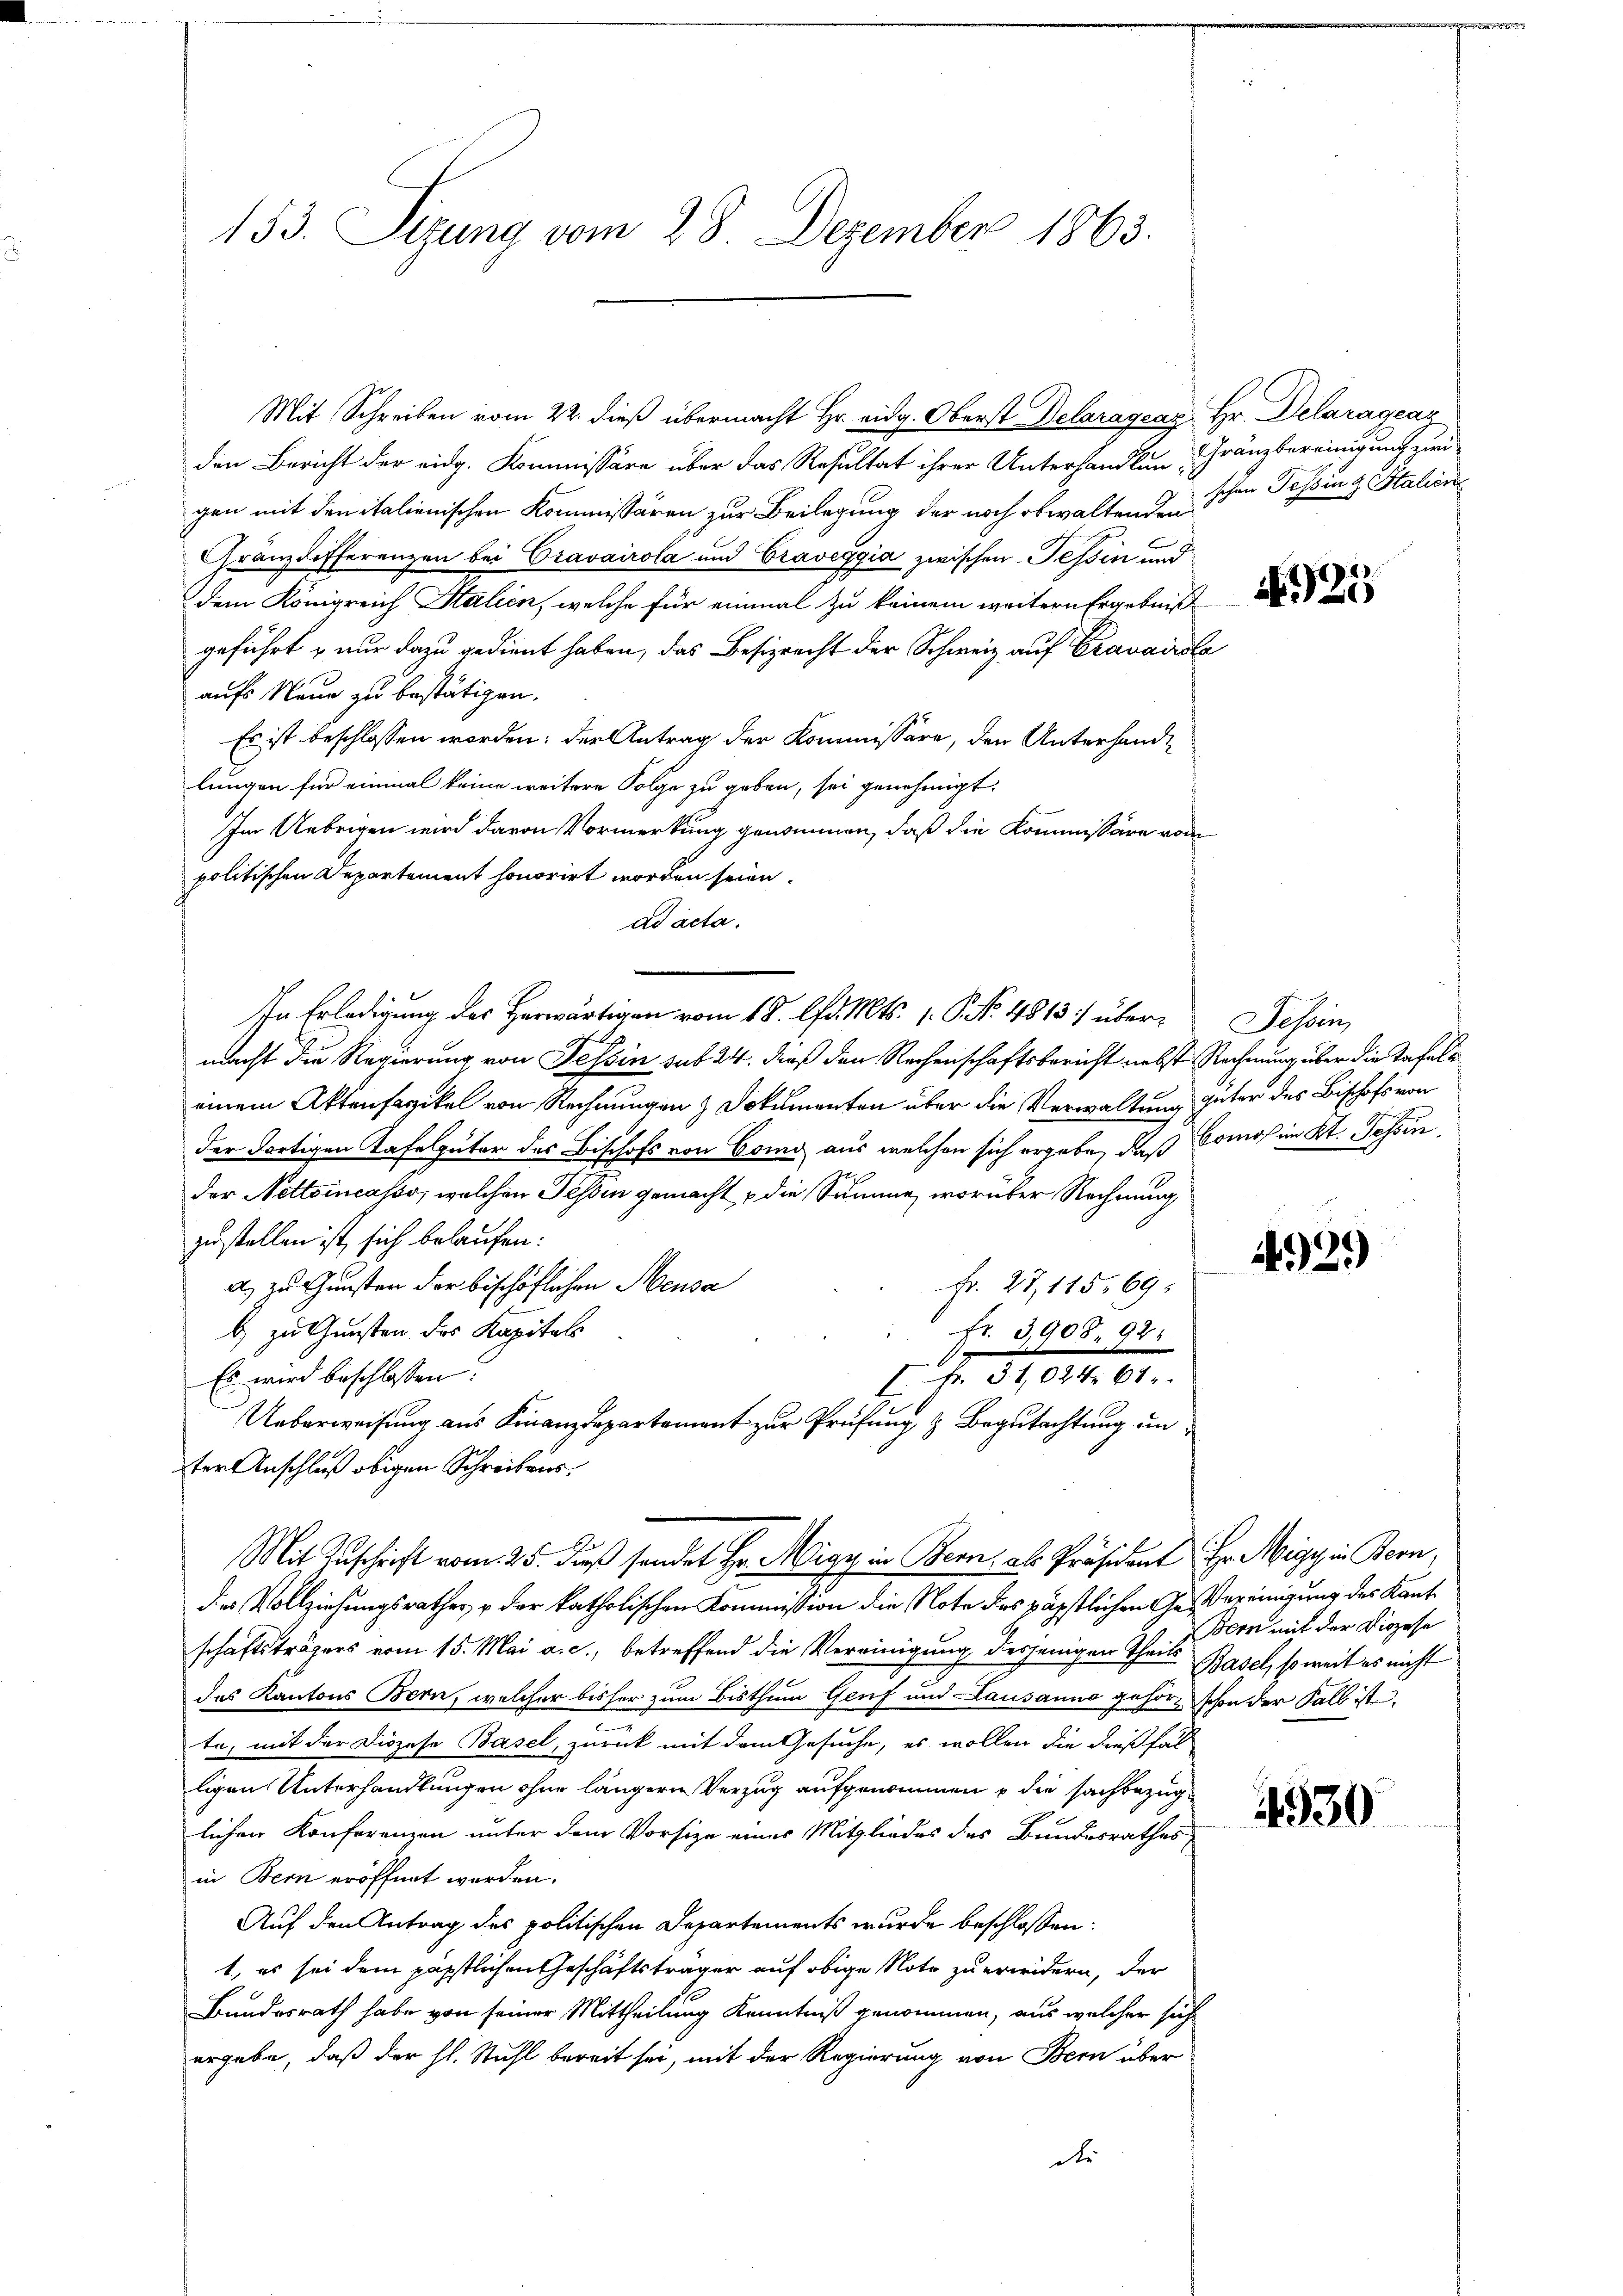
153. Sizung vom 28. Dezember 1863.

den Bericht der eidg. Kommissäre über das Resultat ihrer Unterhandlungen mit den italienischen Kommissären zur Beilegung der noch obwaltenden schen Tessing Stalien
Granzdifferenzen bei Cravairola und Graveggia zwischen Tessin und
dem Königreich Stalien, welche für einmal zu keinem weitern Ergebniß
geführt & nur dazu gedient haben, das Besizrecht der Schweiz auf Cravairsla
aufs Neue zu bestätigen.
Es ist beschlossen worden; der Antrag der Kommissäre, den Unterhandlungen für einmal keine weitere Folge zu geben, sei genehmigt.
Im Uebrigen wird davon Vormerkung genommen, daß die Kommissäre vom
politischen Departement honorirt worden seien.
ad acta.
In Erledigung des Herwärtigen vom 18. lfd. Mts. 1. P. No. 4813) übermacht die Regierung von Tessin sub 24. dieß den Rechenschaftsbericht nebst Rechnung über die Tafeld
einem Aktensarzikel von Rechnungen Dokumenten über die Verwaltung güter des Bischofs von
der dortigen Tafelguter des Bischofs von Como aus welchen sich ergebe, daß Comos in Kt. Tessin,
der Nettoincasso, welchen Tessin gemacht, die Summe, worüber Rechnung
zustellen ist sich belaufen:
a) zu Gunsten der bischöflichen Mensa
Fr. 27, 115, 69:
b zu Gunsten des Kapitals
Fr. 3908. 98.
Es wird beschlossen:
 Fr. 31,024. 61
Ueberweisung aus Finanzdepartement zur Prüfung & Begutachtung unter Anschluß obigen Schreibens.
Mit Zuschrift vom 25. Fuß sendet Hr. Migy in Bern, als Präsident Hr. Megy in Bern,
des Vollziehungsrathes, u der katholischen Kommission die Note des päpstlichen Geereinigung des Kantschaftsträgers vom 15. Mai a. c., betreffend die Vereinigung desjenigen Theils Basel, soweit es nicht
das Kantons Bern, welcher bisher zum Bisthum Genf und Lausanno gehöre schon der Fall ist
te, mit der Dispose Basel, zurück mit dem Gesuche, es wollen die dießfal
ligen Unterhandlungen ohne längern Verzug aufgenommen u die sachbezüglichen Konferenzen unter dem Vorsize eines Mitgliedes des Bundesrathes
in Bern eröffnet werden.
Auf den Antrag des politischen Departements wurde beschlossen:
1. es sei dem päpstlichen Geschäftsträger auf obige Note zu erwidern, der
Bundesrath habe von seiner Mittheilung Kenntniß genommen, aus welcher sich
ergebe, daß der hl. Stuhl bereit sei, mit der Regierung von Bern über
die

Mit Schreiben vom 22. dieß übermacht Hr. eidg. Oberst Delaragcaz Hr. Delaragenz

Gränzbereinigung zum

25

Schön

4929)

Bern mit der Diözese

4530